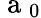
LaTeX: \mathrm{~a~}_{0}